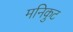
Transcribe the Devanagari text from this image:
मनिकुट